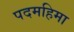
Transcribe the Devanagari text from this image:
पदमहिमा